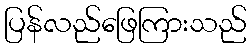
ပြန်လည်ဖြေကြားသည်